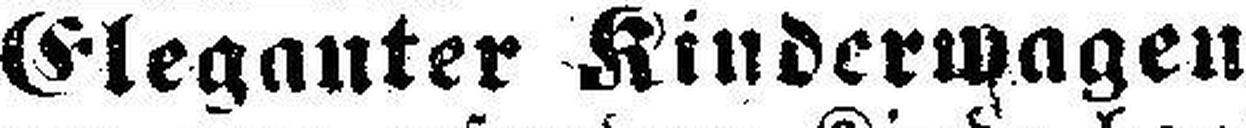
Eleganter Kinderwagen